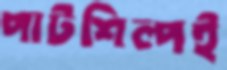
পাটশিল্পই